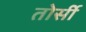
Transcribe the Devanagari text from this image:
तोर्सी